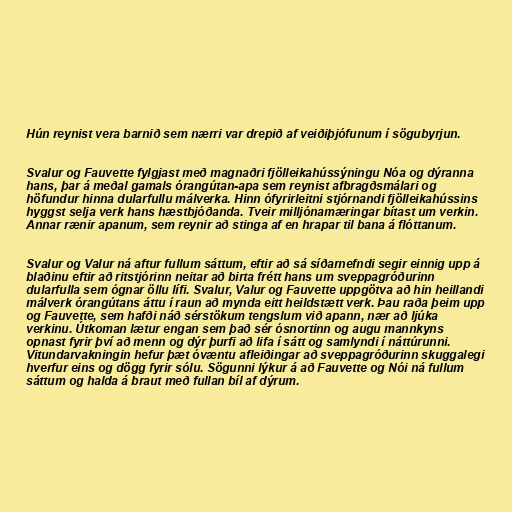
Hún reynist vera barnið sem nærri var drepið af veiðiþjófunum í sögubyrjun.

Svalur og Fauvette fylgjast með magnaðri fjölleikahússýningu Nóa og dýranna
hans, þar á meðal gamals órangútan-apa sem reynist afbragðsmálari og
höfundur hinna dularfullu málverka. Hinn ófyrirleitni stjórnandi fjölleikahússins
hyggst selja verk hans hæstbjóðanda. Tveir milljónamæringar bítast um verkin.
Annar rænir apanum, sem reynir að stinga af en hrapar til bana á flóttanum.

Svalur og Valur ná aftur fullum sáttum, eftir að sá síðarnefndi segir einnig upp á
blaðinu eftir að ritstjórinn neitar að birta frétt hans um sveppagróðurinn
dularfulla sem ógnar öllu lífi. Svalur, Valur og Fauvette uppgötva að hin heillandi
málverk órangútans áttu í raun að mynda eitt heildstætt verk. Þau raða þeim upp
og Fauvette, sem hafði náð sérstökum tengslum við apann, nær að ljúka
verkinu. Útkoman lætur engan sem það sér ósnortinn og augu mannkyns
opnast fyrir því að menn og dýr þurfi að lifa í sátt og samlyndi í náttúrunni.
Vitundarvakningin hefur þæt óvæntu afleiðingar að sveppagróðurinn skuggalegi
hverfur eins og dögg fyrir sólu. Sögunni lýkur á að Fauvette og Nói ná fullum
sáttum og halda á braut með fullan bíl af dýrum.